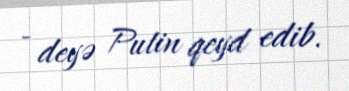
- deyə Putin qeyd edib.